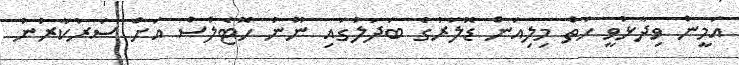
އަމީން ވިދާޅުވީ ހަތް މިލިއަން ޑޮލަރުގެ ބަދަލުގައި ނޫނު ހޮޓެލްސް އަށް ސަރުކާރުން